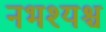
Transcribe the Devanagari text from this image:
नभश्यश्च